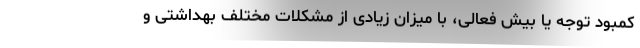
کمبود توجه یا بیش فعالی، با میزان زیادی از مشکلات مختلف بهداشتی و